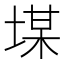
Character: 𡎡